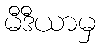
မီဒီယာမှ